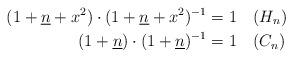
LaTeX: \begin{align*}(1+\underline{n} + x^2)\cdot (1+\underline{n} + x^2)^{-1}&=1\ \ \ (H_n)\\ (1+\underline{n})\cdot (1+\underline{n})^{-1}&=1\ \ \ (C_n)\end{align*}